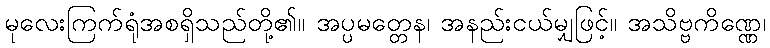
မုလေးကြက်ရုံအစရှိသည်တို့၏။ အပ္ပမတ္တေန၊ အနည်းငယ်မျှဖြင့်။ အသိဗ္ဗကိဏ္ဏေ၊